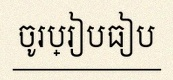
ចូរប្រៀបធៀប